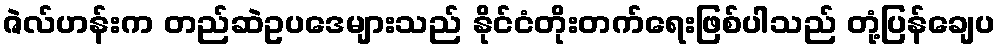
ဇဲလ်ဟန်းက တည်ဆဲဥပဒေများသည် နိုင်ငံတိုးတက်ရေးဖြစ်ပါသည် တုံ့ပြန်ချေပ